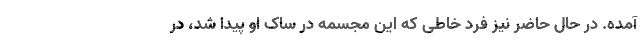
آمده. در حال حاضر نیز فرد خاطی که این مجسمه در ساک او پیدا شد، در